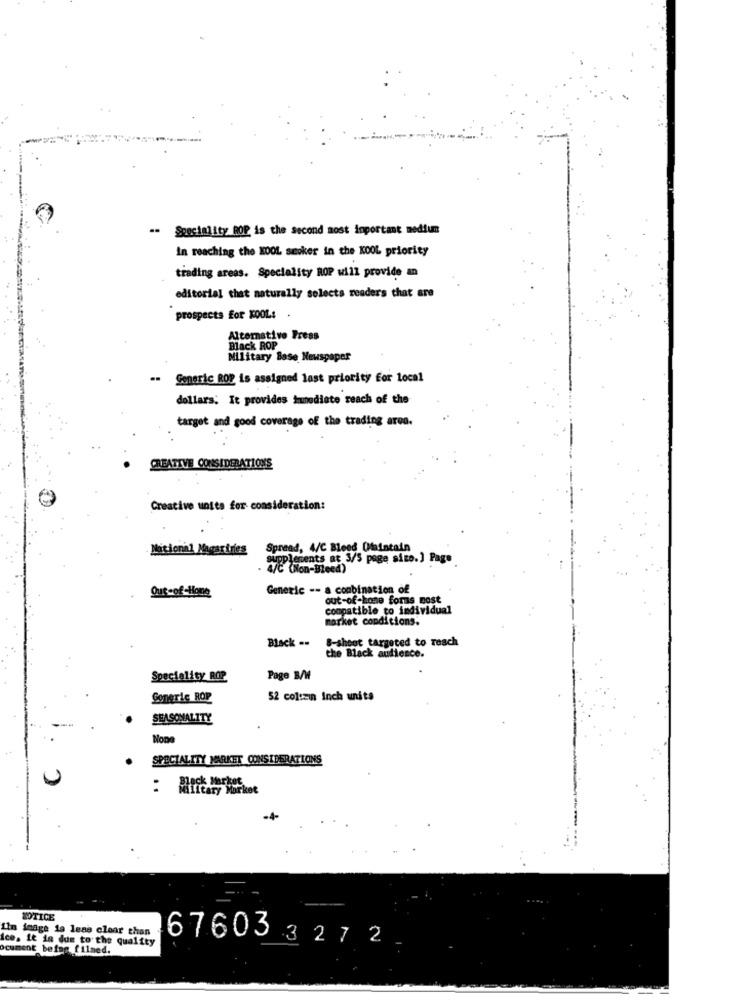
-- Speciality ROP is the second most important medium
in reaching the KOOL smoker in the KOOL priority
trading areas. Speciality ROP will provide an
editorial that naturally selects readers that are
prospects for KOOL:
Alternative Press
Black ROP
Military Base Newspaper
..
Generic BOP is assigned last priority for local
dollars. It provides immediate reach of the
target and good coverage of the trading aroa.
CREATIVE CONSIDERATIONS
Creative units for consideration:
National Magarinies
Spread, 4/C Bleed Omaintain
supplements at 3/5 page size.] Page
Out-of Hong
Generic -- a combination of
out-of-home forms most
compatible to individual
market conditions.
8-shoot targeted to reach
Black ..
the Black audience.
Speciality ROP
Page B/W
Soneric ROP
52 coltain Inch units
SEASONALITY
SPECIALITY MARKET CONSIDERATIONS
NOTICE
I'm inage la leas clear than
Ice. it is due to the quality
Ocument being fil
67603 327 2